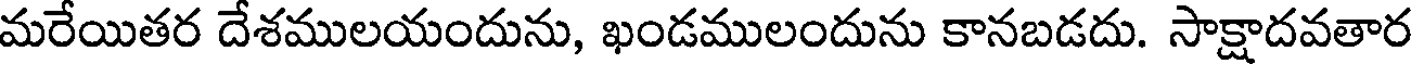
మరేయితర దేశములయందును, ఖండములందును కానబడదు. సాక్షాదవతార